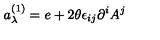
a _ { \lambda } ^ { ( 1 ) } = e + 2 \theta \epsilon _ { i j } \partial ^ { i } A ^ { j }